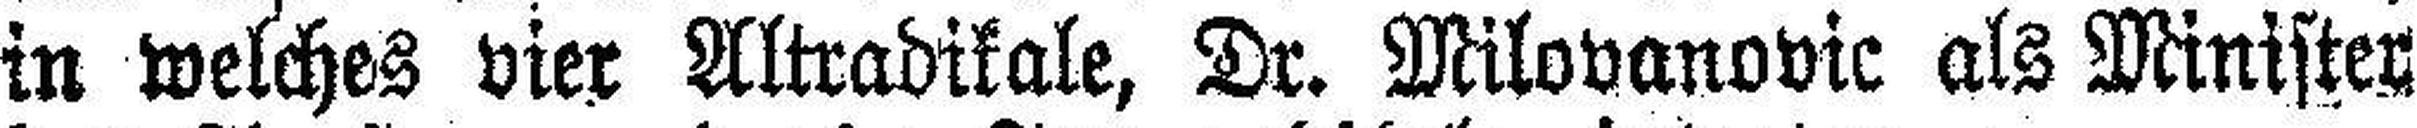
in welches vier Altradikale, Dr. Milovanovic als Minister